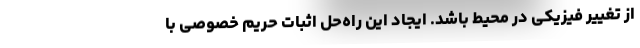
از تغییر فیزیکی در محیط باشد. ایجاد این راه‌حل اثبات حریم خصوصی با